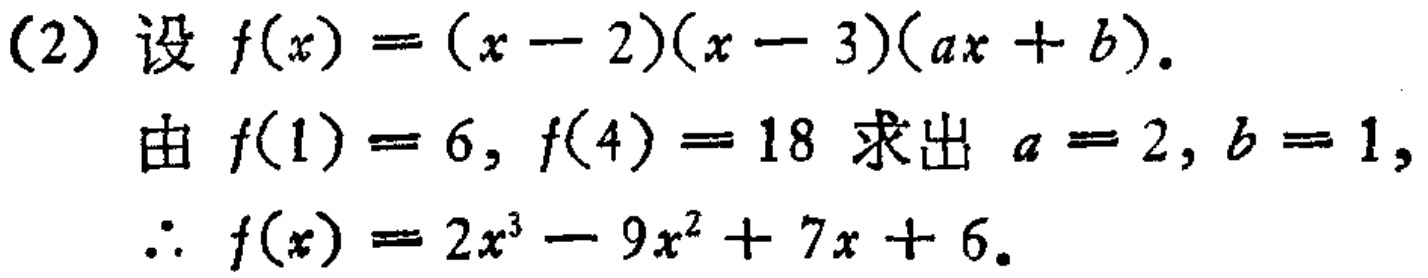
(2) 设 \(f(x)=(x - 2)(x - 3)(ax + b)\).

由 \(f(1)=6, f(4)=18\) 求出 \(a = 2, b = 1\),

\(\therefore f(x)=2x^{3}-9x^{2}+7x + 6\).